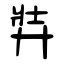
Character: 弉